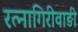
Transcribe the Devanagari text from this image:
रत्‍नागिरीवाङी